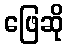
ဖြေဆို